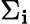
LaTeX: \Sigma_{\mathbf{i}}